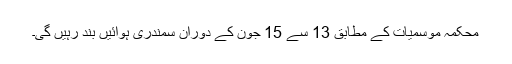
محکمہ موسمیات کے مطابق 13 سے 15 جون کے دوران سمندری ہوائیں بند رہیں گی۔